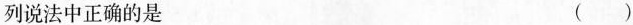
列说法中正确的是 ( )